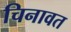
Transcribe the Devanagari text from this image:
चिनावत